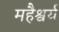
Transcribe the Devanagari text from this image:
महैश्वर्य